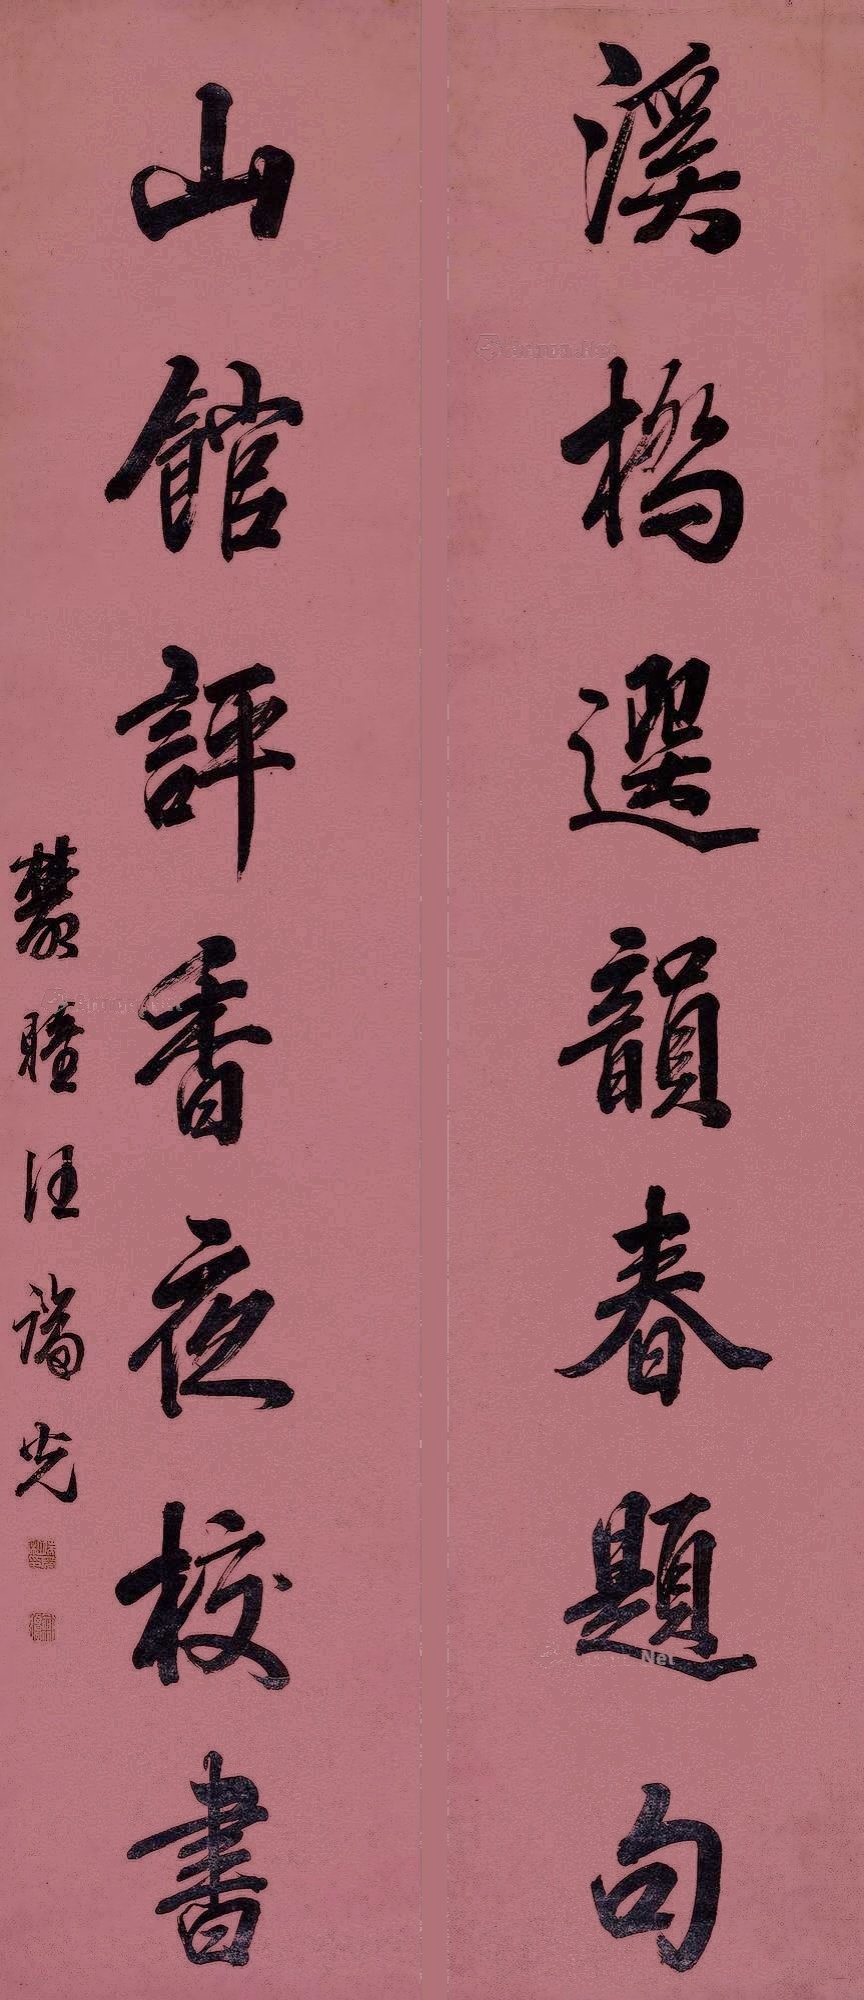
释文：溪桥选韵春题句，山馆评香夜校书。丛睦汪端光。